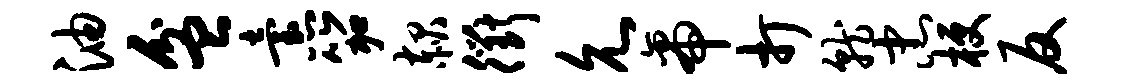
油盆怠笳赧衢允帝打就忠梗反